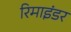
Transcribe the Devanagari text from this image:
रिमाइंडर